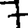
Digit: 7